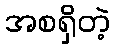
အစရှိတဲ့